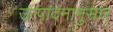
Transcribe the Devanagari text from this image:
उत्पादनानुसार